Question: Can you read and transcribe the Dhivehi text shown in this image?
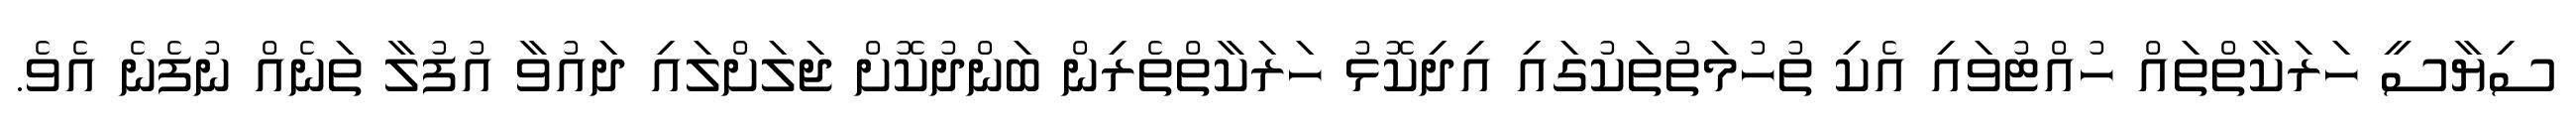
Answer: ސިޔާސީ ހަރަކާތްތައް ހުއްޓުވައި އެކި ތުހުމަތުތަކުގައި އިދިކޮޅު ހަރަކާތްތެރިން ބަންދުކޮށް ޖަލަށްލައި ދައުވާ އުފުލާ ތަނެއް ނުފެނެ އެވެ.